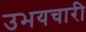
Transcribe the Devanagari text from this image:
उभयचारी